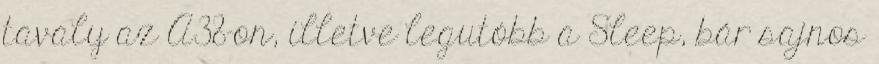
tavaly az A38-on, illetve legutóbb a Sleep, bár sajnos